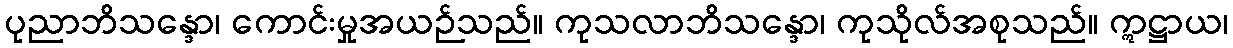
ပုညာဘိသန္ဒော၊ ကောင်းမှုအယဉ်သည်။ ကုသလာဘိသန္ဒော၊ ကုသိုလ်အစုသည်။ ဣဋ္ဌာယ၊